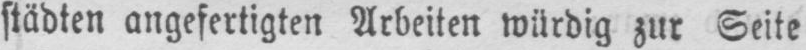
städten angefertigten Arbeiten würdig zur Seite